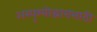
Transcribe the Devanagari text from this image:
अस्पृश्योद्धारासाठी